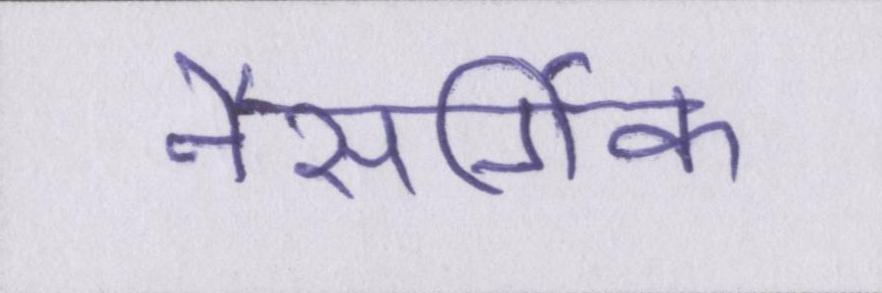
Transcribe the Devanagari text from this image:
नैसर्गिक